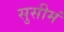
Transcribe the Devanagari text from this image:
सुसीमं